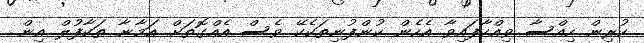
ކުރިން ހިއްސާ ވިއްކާފައިވާ އެހެން ކުންފުނިތަކެކޭ ވެސް އެއްގޮތަށް އަމާނާ ތަކާފުލް އިން